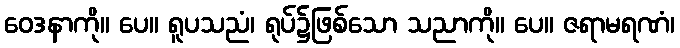
ဝေဒနာကို။ ပေ။ ရူပသညံ၊ ရုပ်၌ဖြစ်သော သညာကို။ ပေ။ ဇရာမရဏံ၊